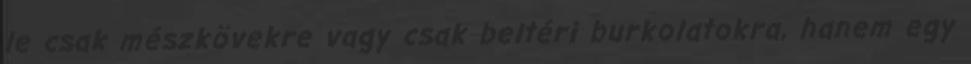
le csak mészkövekre vagy csak beltéri burkolatokra, hanem egy